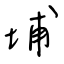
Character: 埔